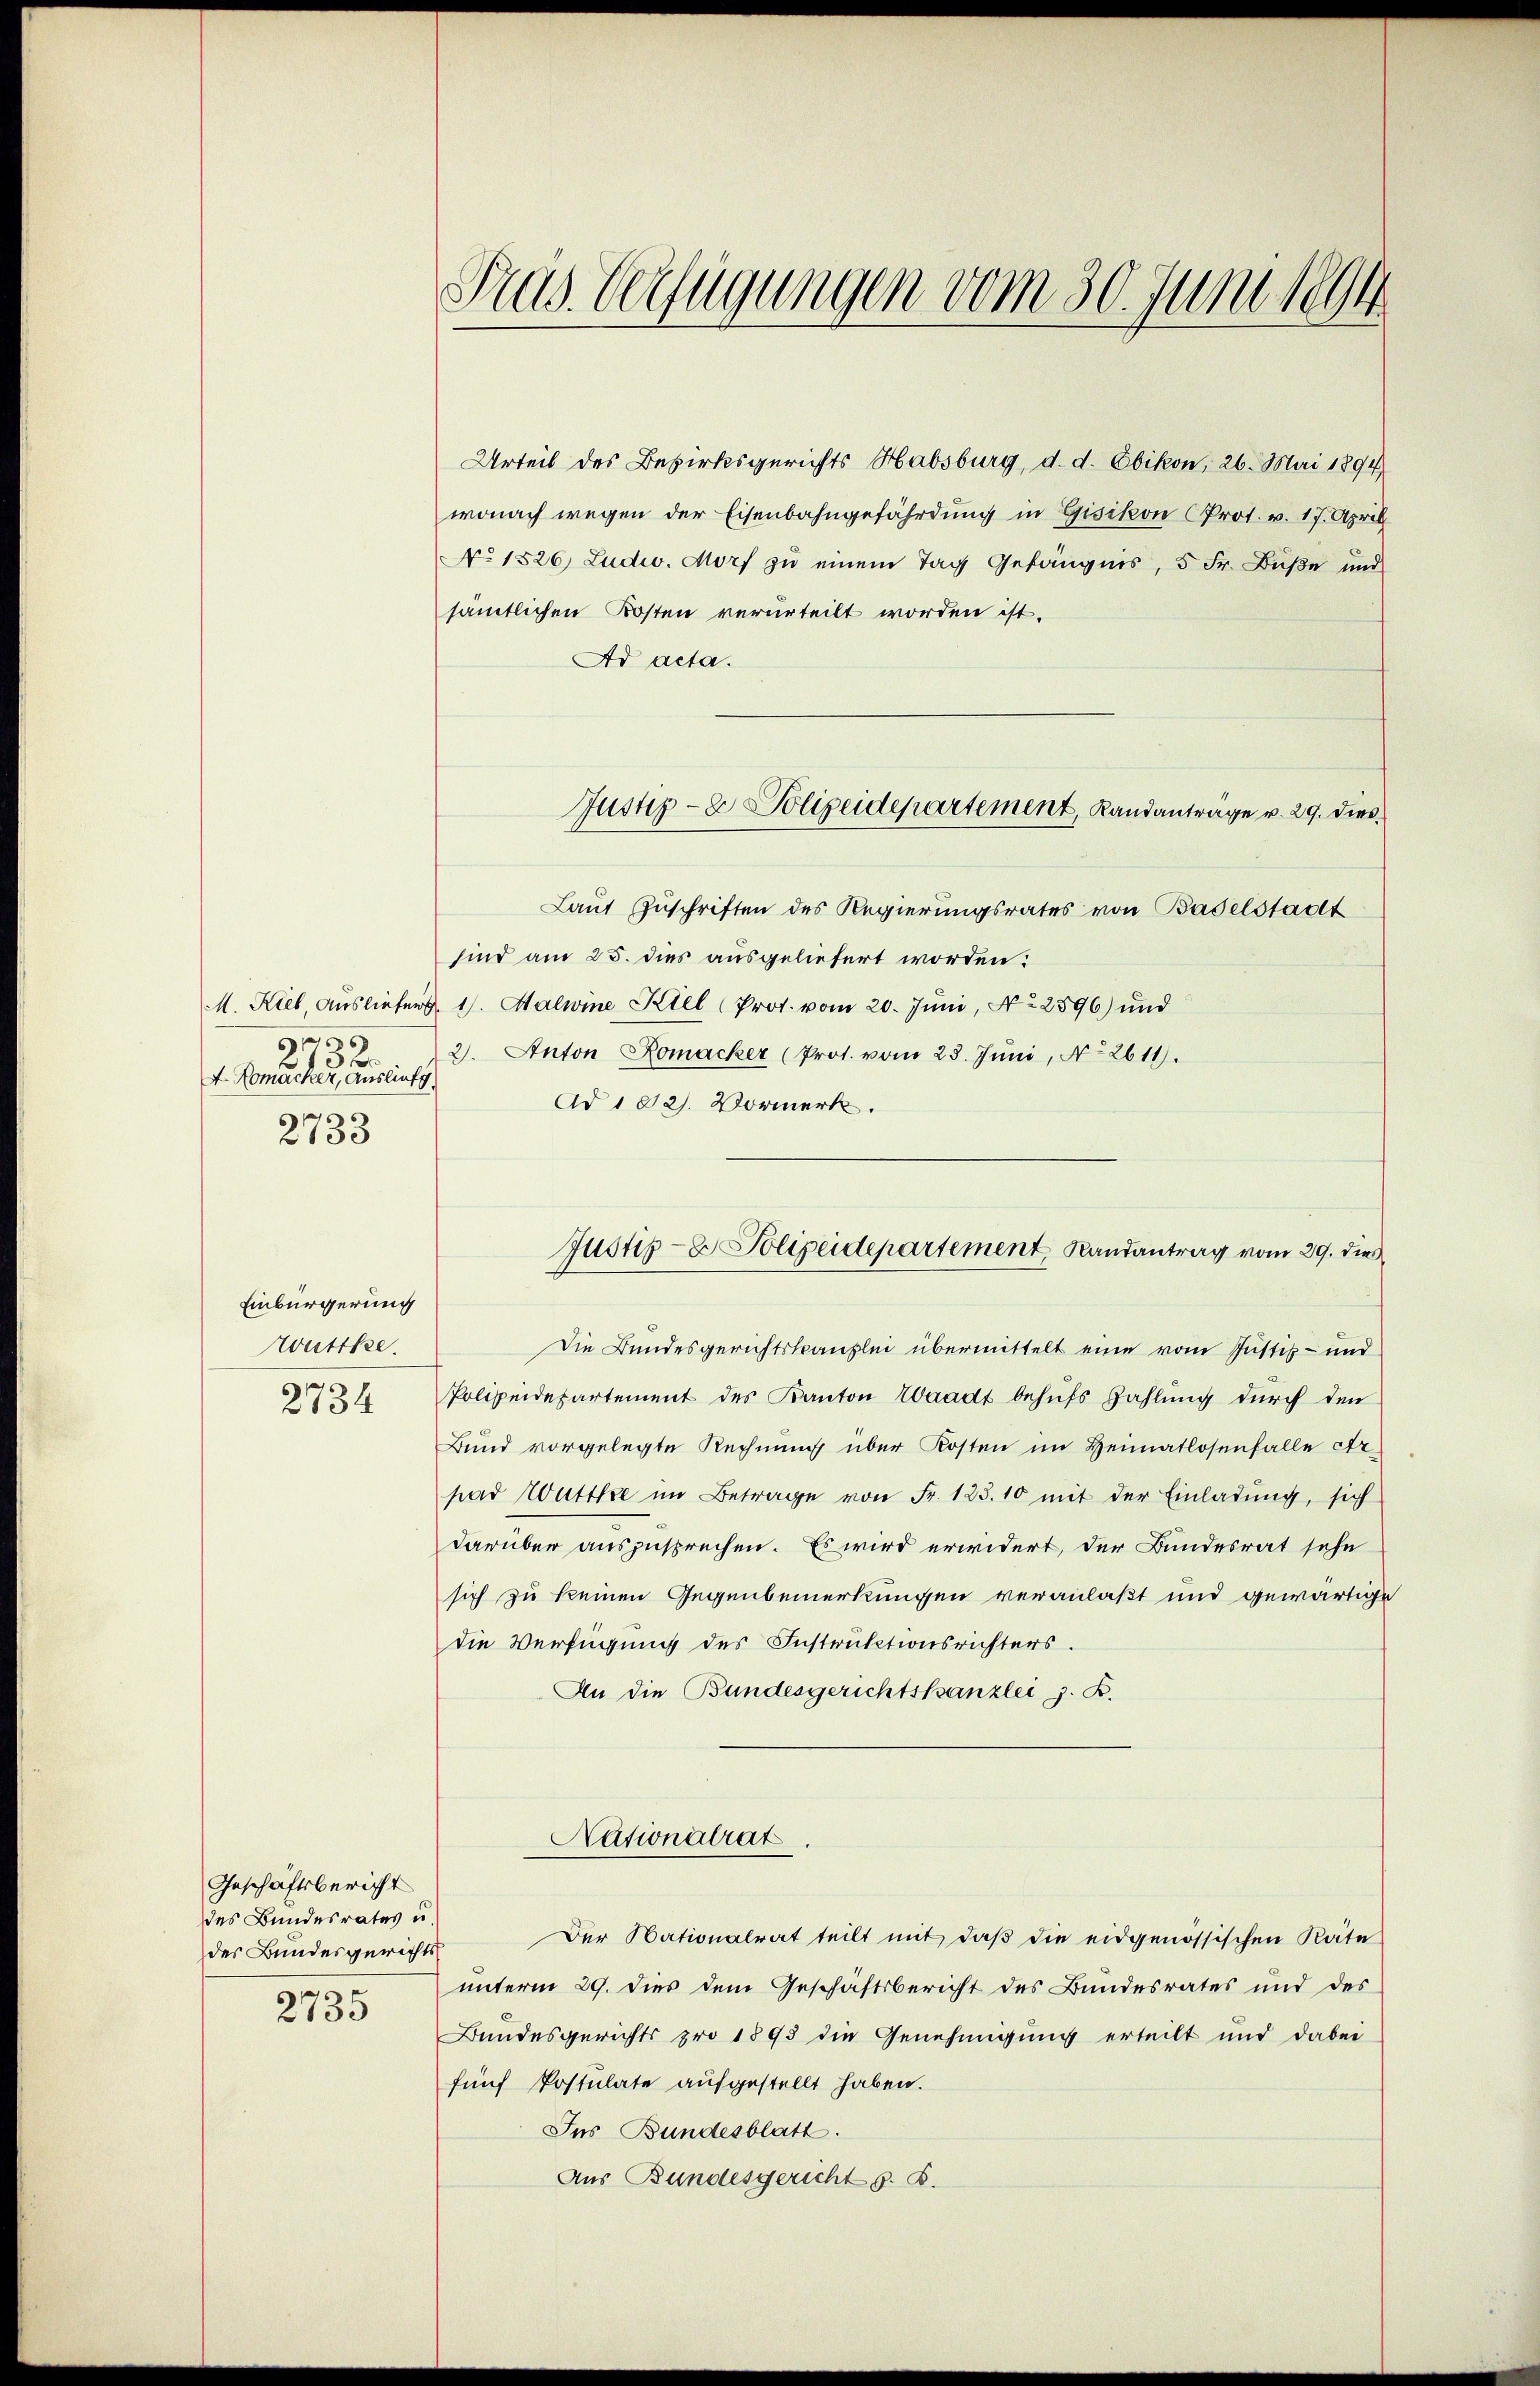
4. Komucker, Ausliefg
2733

Einbürgerung
wuttke.
2734

Geschäftsbericht
des Bundesrates u.
des Bundesgerichts
2735

Tras. Verfügungen vom 30. Juni 1894

Urteil des Bezirksgerichts Habsburg, d. d. Ebikon, 26. Mai 1894
wonach wegen der Eisenbahngefährdung in Gisikon (Prot. v. 17. April
No 1526, Ludw. Morf zu einem Tag Gefängnis, 5 Fr. Buße und
sämtlichen Kosten verurteilt worden ist.
Ad acta.
Laut Zuschriften des Regierungsrates von Baselstadt
sind am 25. dies ausgeliefert worden:
M. Kiel, Ausliefers. 1. Malwine Kiel (Prot. vom 20. Juni, No 2896) und
732. 2. Anton Romacker (Prot. vom 28. Jŭni, No 2611).
Ad 102. Vormerk.
Die Bundesgerichtskanzlei übermittelt eine vom Justiz- und
Polizeidepartement des Kanton Waadt behufs Zahlung durch den
Bund vorgelegte Rechnung über Kosten im Heimatlosenfalle Er
pad Wuttke im Betrage von Fr. 125. 10 mit der Einladŭng, sich
darüber auszusprechen. Es wird erwidert, der Bundesrat sehe
sich zu keinen Gegenbemerkungen veranlaßt und gewärtige
die Verfügung des Instruktionsrichters.
An die Bundesgerichtskanzlei z. B.
Nationalrat
Der Nationalrat teilt mit, daβ die eidgenössischen Räte
unterm 29. dies dem Geschäftsbericht des Bundesrates und des
Bundesgerichts pro 1893 die Genehmigung erteilt und dabei
fünf Postulate aufgestellt haben.
Ins Bundesblatt.
Aus Bundesgericht s. B.

Justiz- & Polizeidepartement, Landanträge v. 29. dies

Justiz- & Polizeidepartement, Randantrag vom 29. dies